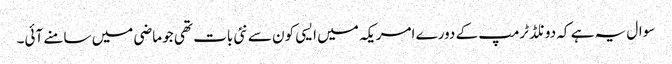
سوال یہ ہے کہ دونلڈ ٹرمپ کے دورے امریکہ میں ایسی کون سے نئی بات تھی جو ماضی میں سامنے آئی۔